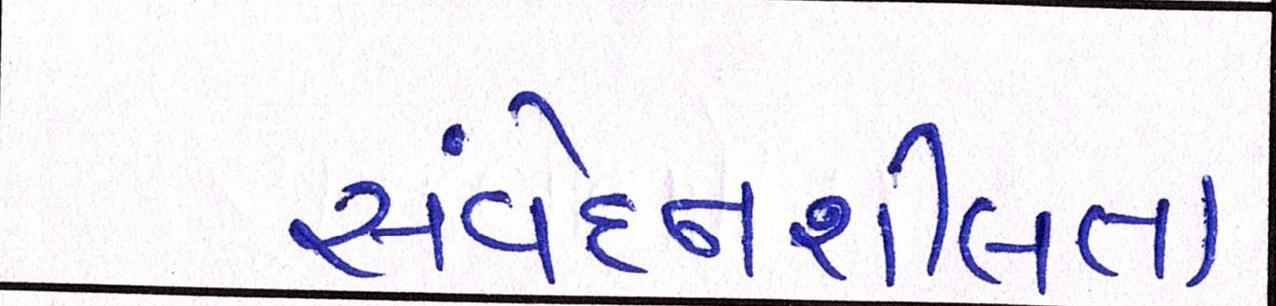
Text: સંવેદનશીલતા